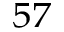
^ { 5 7 }